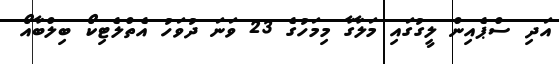
އަދި ސްޕެއިން ލީގުގައި މަލާގާ މިމަހުގެ 23 ވަނަ ދުވަހު އެތްލެޓިކޯ ބިލްބާއޯ